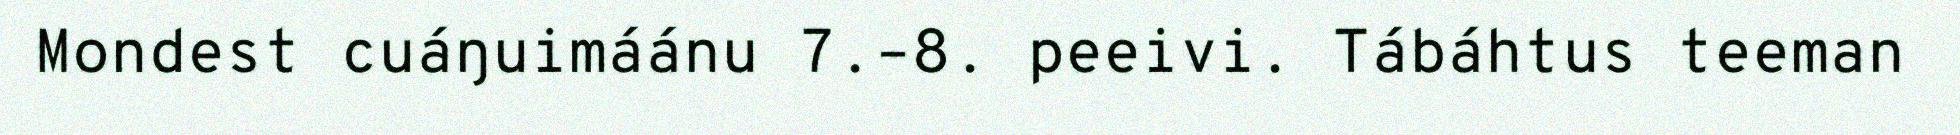
Mondest cuáŋuimáánu 7.–8. peeivi. Tábáhtus teeman